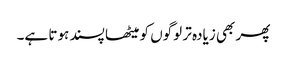
پھر بھی زیادہ تر لوگوں کو میٹھا پسند ہوتا ہے۔